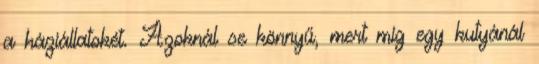
a háziállatokét. Azoknál se könnyű, mert míg egy kutyánál